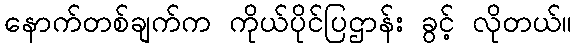
နောက်တစ်ချက်က ကိုယ်ပိုင်ပြဌာန်း ခွင့် လိုတယ်။